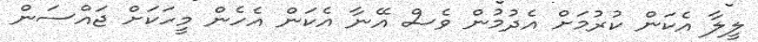
ލީލާ އެކަން ކުރުމަށް އެދުމުން ވެސް އޭނާ އެކަން އެހެން މީހަކަށް ޖައްސަން